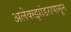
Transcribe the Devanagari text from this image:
अलेक्स्झांडरापासून